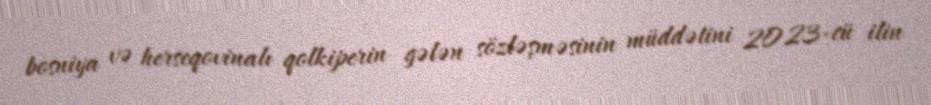
bosniya və herseqovinalı qolkiperin gələn sözləşməsinin müddətini 2023-cü ilin